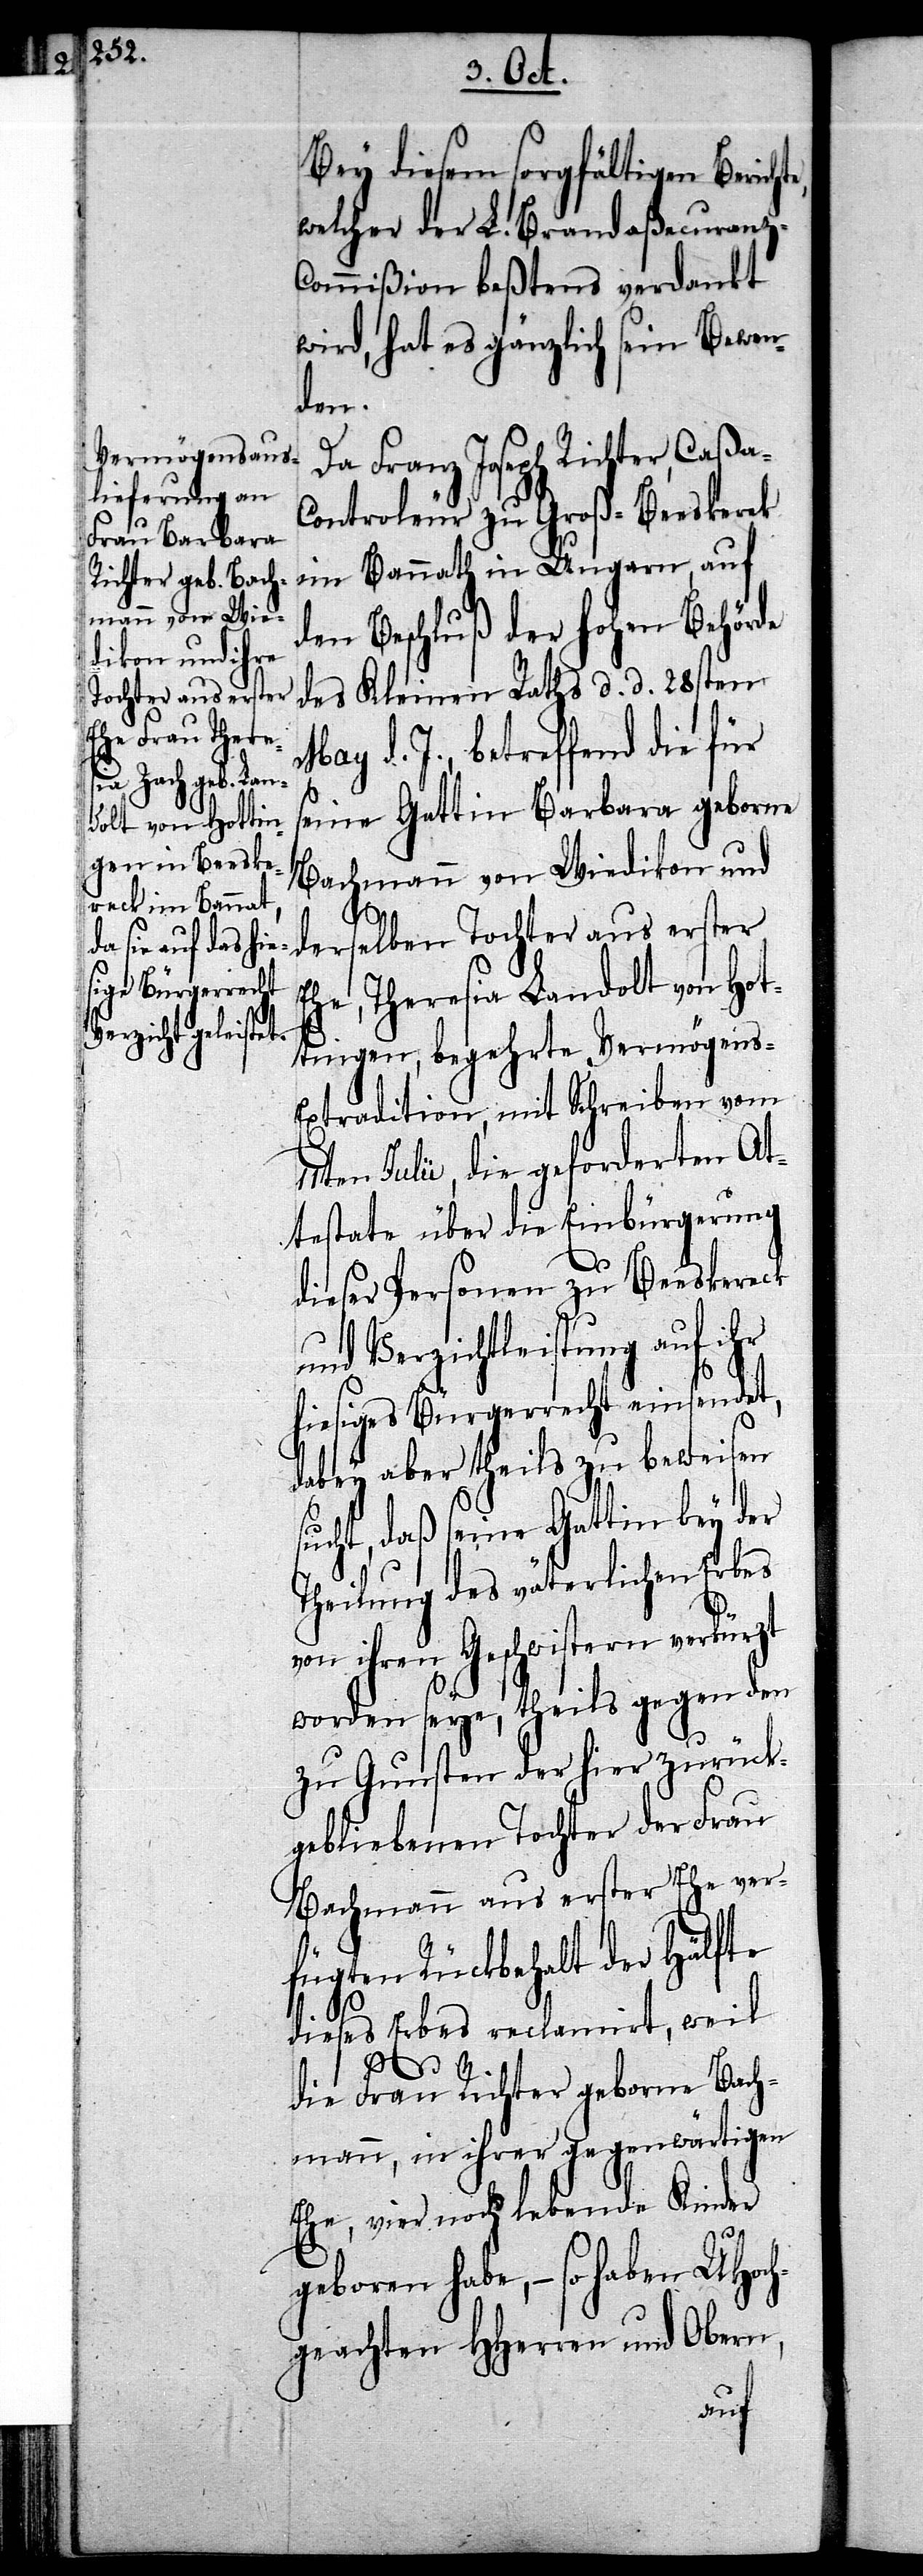
u¬

Bey diesem sorgfältigen Berich¬
welcher der L. Brandaßecuranz-C¬
ommißion beßtens verdankt
wird, hat es gänzlich sein Bewen¬
den.
Da Franz Joseph Richter, Caßa-C¬
ontroleur zu Groß-Beeskerek
im Bannath in Ungarn, auf
den Beschluß der hohen Behörde
des Kleinen Raths d. d. 28sten
May d. J., betreffend die für
seine Gattin Barbara geborne
Bachmann von Wiedikon und
derselben Tochter aus erster
Ehe, Theresia Landolt von Hot¬
tingen, begehrte Vermögens-E¬
xtradition, mit Schreiben vom
en Julii, die geforderten At¬
testate über die Einbürgerung
dieser Personen zu Beeskereck
nd Verzichtleistung auf ihr
hiesiges Bürgerrecht einsendet,
dabey aber theils zu beweisen
sucht, daß seine Gattin bey der
Theilung des väterlichen Erbes
von ihren Geschwistern verkürzt
worden seye, theils gegen den
zu Gunsten der hier zurück¬
gebliebenen Tochter der Frau
Bachmann aus erster Ehe ver¬
fügten Rückbehalt der Hälfte
dieses Erbes reclamirt, weil
11t¬
die Frau Richter geborne Bach¬
mann, in ihrer gegenwärtigen
Ehe, vier noch lebende Kinder
geboren habe, – so haben UHoch¬
geachten HHerren und Obern,